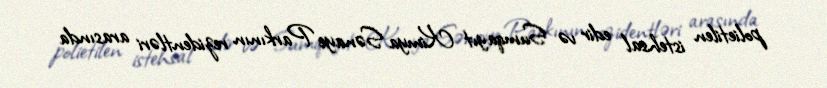
polietilen istehsal edir və Sumqayıt Kimya Sənaye Parkının rezidentləri arasında